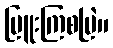
မြူးကြစမြဲ။